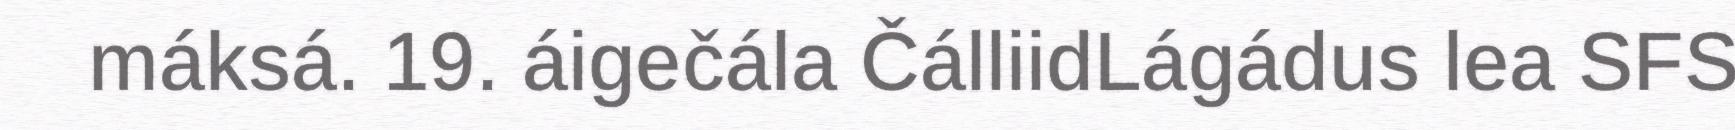
máksá. 19. áigečála ČálliidLágádus lea SFS